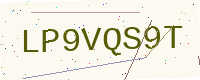
Text: LP9VQS9T